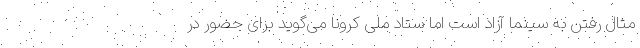
مثال رفتن به سینما آزاد است اما ستاد ملی کرونا می‌گوید برای حضور در